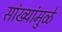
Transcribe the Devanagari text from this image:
सांख्यांमुळे